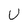
Character: U